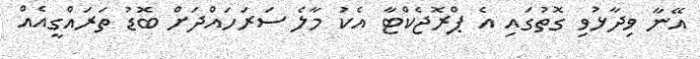
އޭނާ ވިދާޅުވި ގޮތުގައި އެ ޕްރޮޖެކްޓާ އެކު މާލެ ސަރަހައްދަށް ބޮޑު ތަރައްގީއެއް